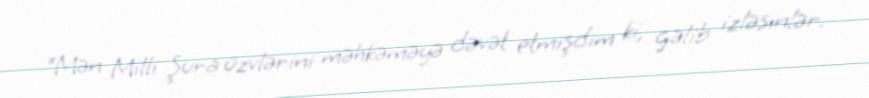
“Mən Milli Şura üzvlərini məhkəməyə dəvət etmişdim ki, gəlib izləsinlər.